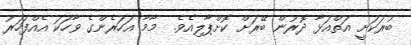
ބުރަކަށީ އަތްއަޅާ ދޮރުން ބޭރަށް ކޮށްޕާލިއެވެ.  މާމާ އަހަރެންގެ ވާހަކަ އެއްފަހަރު